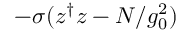
- \sigma ( z ^ { \dagger } z - N / g _ { 0 } ^ { 2 } )